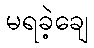
မရခဲ့ချေ